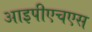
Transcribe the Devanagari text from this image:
आइपीएचएस